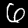
Label: 6